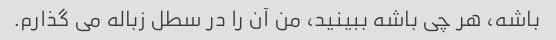
باشه، هر چی باشه ببینید، من آن را در سطل زباله می گذارم.